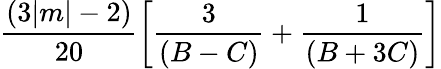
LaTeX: \frac{(3|m|-2)}{20}\left[\frac{3}{(B-C)}+\frac{1}{(B+3C)}\right]